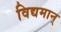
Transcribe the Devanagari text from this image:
विद्यमान्